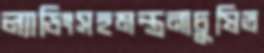
ল্যাডিংসহমন্ত্রনাচুষিত